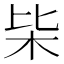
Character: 枈